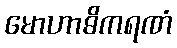
မောဟာဓိကရဏံ